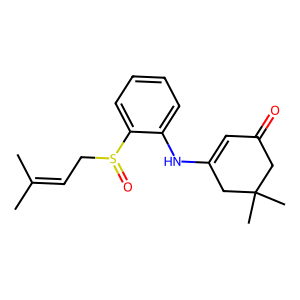
SMILES: CC(C)=CCS(=O)c1ccccc1NC1=CC(=O)CC(C)(C)C1
Inhibits HIV replication: No